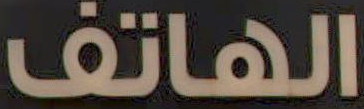
الهاتف